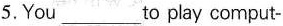
5.You___to play comput-